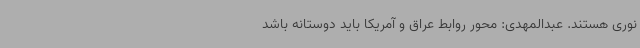
نوری هستند. عبدالمهدی: محور روابط عراق و آمریکا باید دوستانه باشد